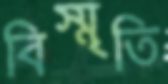
বিস্মৃতি